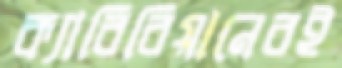
ক্যারিবিয়ানেরই